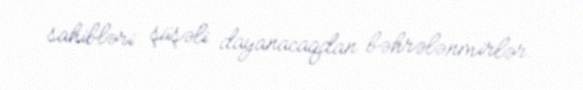
sahibləri şüşəli dayanacaqdan bəhrələnmirlər.